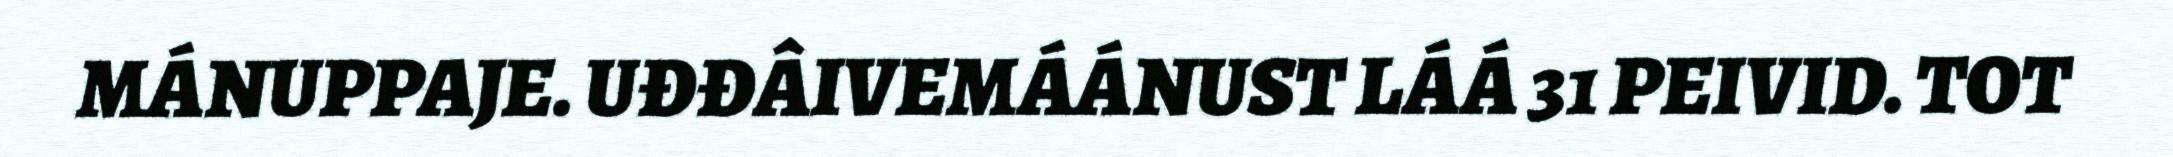
MÁNUPPAJE. UĐĐÂIVEMÁÁNUST LÁÁ 31 PEIVID. TOT